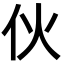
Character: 伙